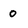
Character: O